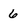
Character: 6